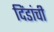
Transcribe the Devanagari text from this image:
दिंडांची